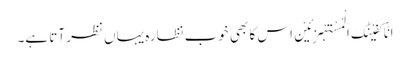
اِنَّا کَفَیْنٰکَ الْمُسْتَہْزِئِیْنَ اس کا بھی خوب نظارہ یہاں نظر آتا ہے۔